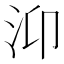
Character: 𭯹